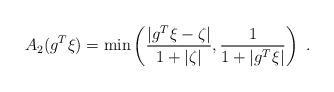
LaTeX: \begin{align*} A_2(g^T \xi) = \min \left( \frac{|g^T \xi- \zeta|}{1+|\zeta|},\frac{1}{1+|g^T \xi|} \right) ~. \end{align*}